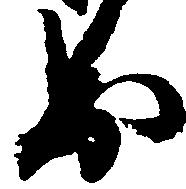
出